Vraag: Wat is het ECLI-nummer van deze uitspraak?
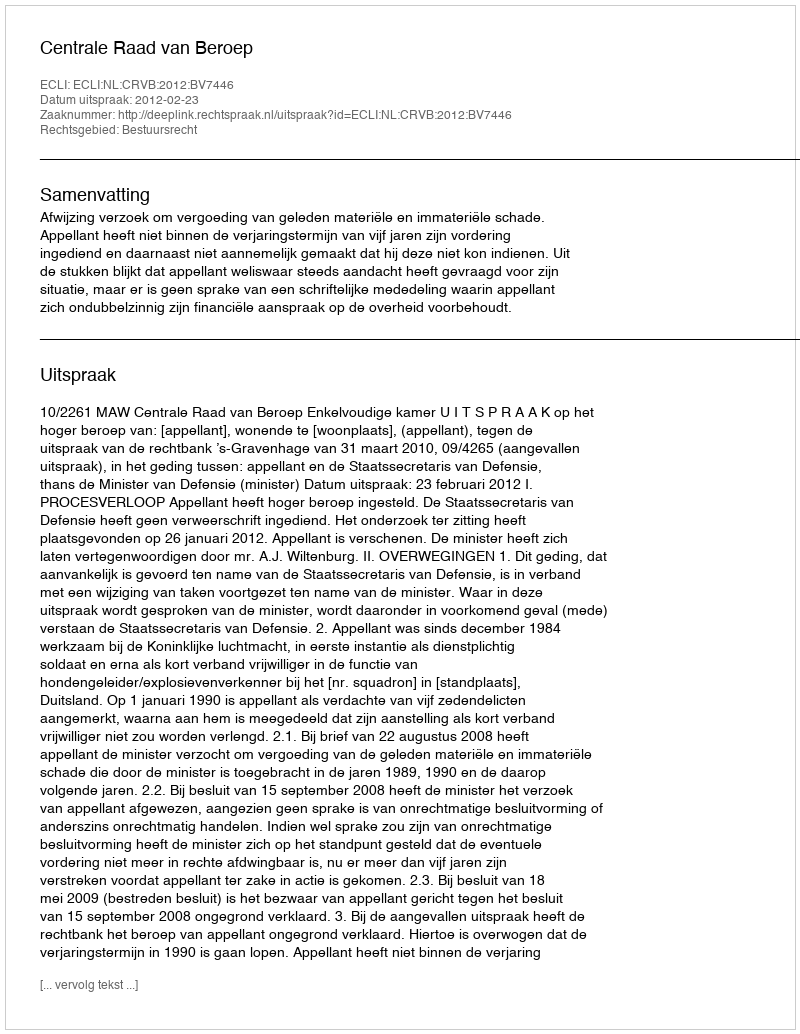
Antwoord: ECLI:NL:CRVB:2012:BV7446